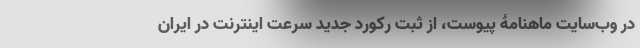
در وب‌سایت ماهنامۀ پیوست، از ثبت رکورد جدید سرعت اینترنت در ایران